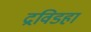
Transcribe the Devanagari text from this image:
द्रविडहा